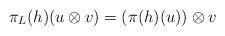
LaTeX: \begin{align*}\pi_L(h)(u \otimes v) = (\pi(h)(u)) \otimes v\end{align*}